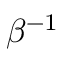
\beta ^ { - 1 }